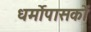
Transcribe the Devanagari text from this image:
धर्मोपासकों